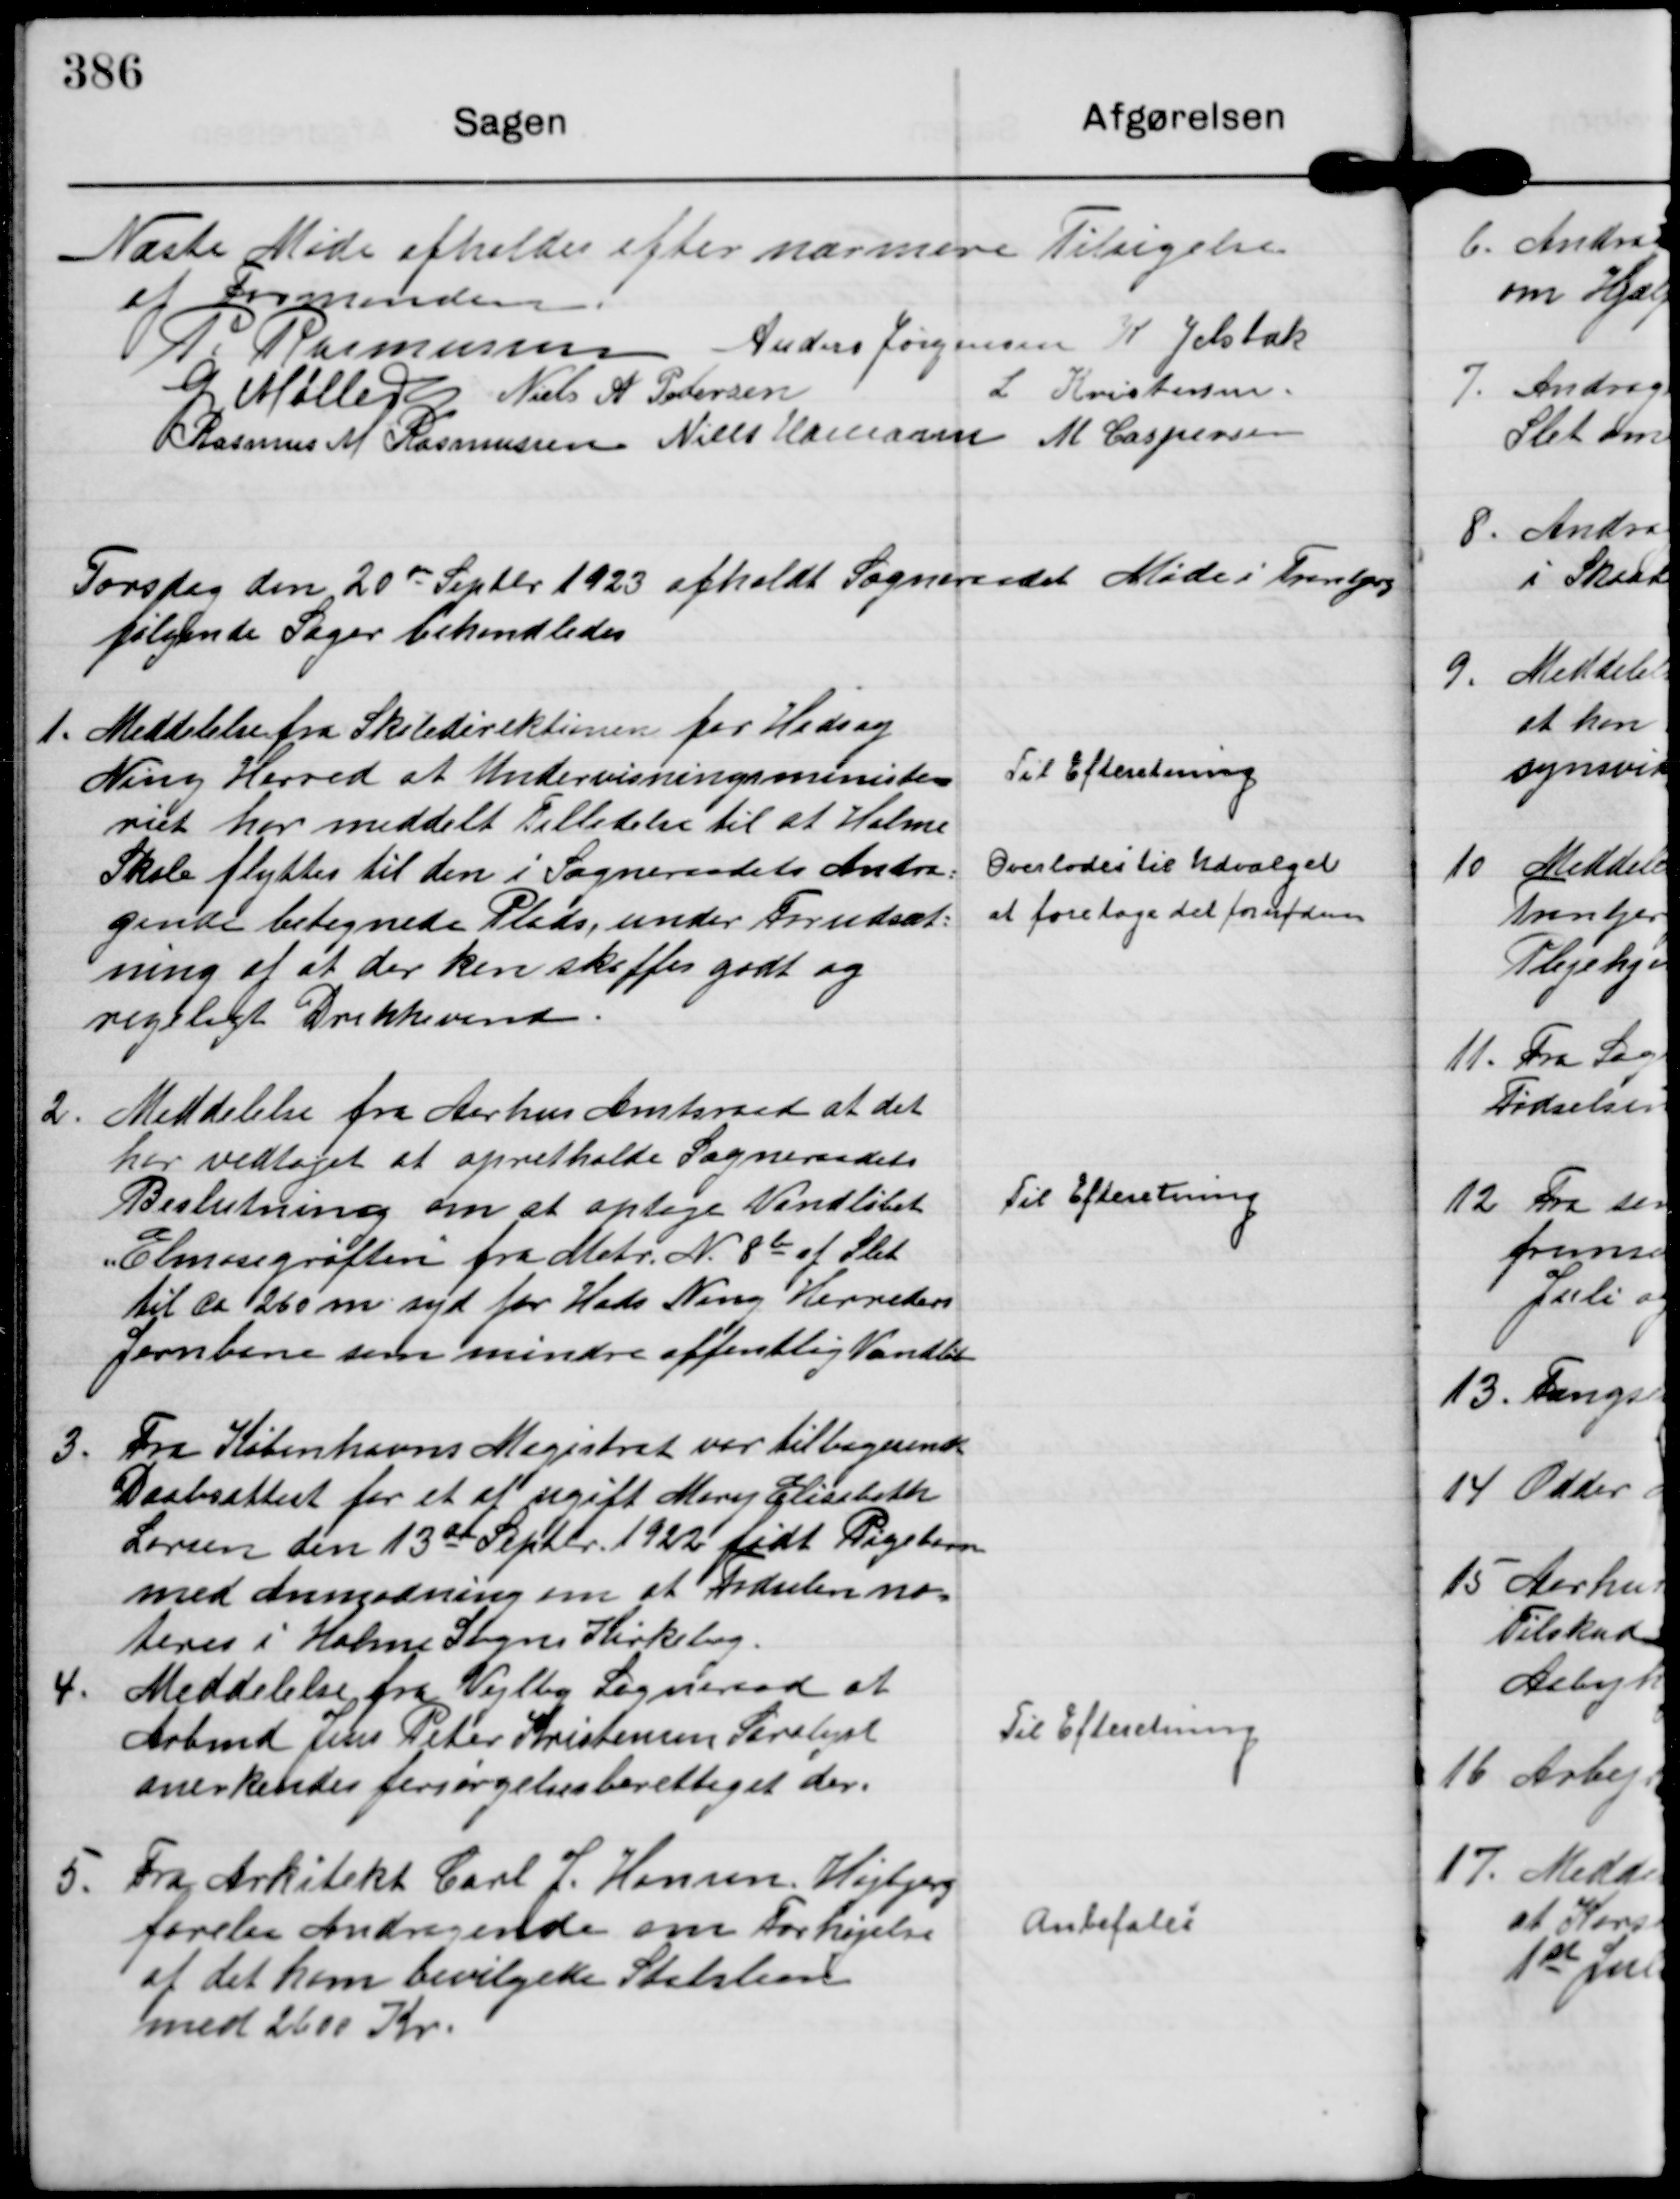
Transskription:
Næste Møde afholdes efter nærmere Tilsigelse
af Formanden.
P. Rasmussen
Anders Jørgensen
K Jelsbak
G Møller
Niels A Pedersen
L Kristensen.
Rasmus M Rasmussen
Niels Hamann
M Caspersen

Torsdag den 25 de Septbr 1923 afholdt Sogneraadet Møde i Tranbjerg
følgende Sager behandledes

1.
Meddelelse fra Skoledirektionen for Hads og
Ning Herred at Undervisningsministe= 
riet har meddelt Tilladelse til at Holme
Skole flyttes til den i Sogneraadets Andra=
gende betegnede Plads, under Forudsæt=
ning af at der kan skaffes godt og
rigeligt Drikkevand.

Til Efteretning
Overlodes til Udvalget
at foretage det fornødne

2.
Meddelelse fra Aarhus Amtsraad at det
har vedtaget at opretholde Sogneraadets
Beslutning om at optage Vandløbet
"Elmosegrøften"

fra Matr. N. 8 b af Slet
til ca 260 m. syd for Hads Ning Herreders 
Jernbane som mindre offentlig Vandløb

Til Efteretning

3.
Fra Københavns Magistrat var tilbagesendt
Daabsattest for et af ugift Mary Elisabeth
Larsen den 13 de Septbr 1922 født Pigebarn
med Anmodning om at Fødselen no=
teres i Holme Sogns Kirkebog.

4.
Meddelelse fra Vejlby Sogneraad at
Arbmd Jens Peter Kristensen Saralyst 
anerkendes forsørgelsesberettiget der.

Til Efteretning

5.
Fra Arkitekt Carl J. Hansen, Højbjerg
forelaa Andragende om Forhøjelse
af det ham bevilgede Statslaan
med 2600 Kr.

Anbefales